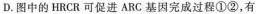
D.图中的HRCR可促进ARC基因完成过程①②，有